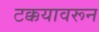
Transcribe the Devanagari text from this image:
टक्कयावरून